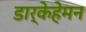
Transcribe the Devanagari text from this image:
डार्केहेमन